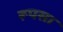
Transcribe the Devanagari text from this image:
रूपसा